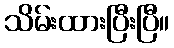
သိမ်းထားပြီးပြီ။